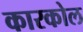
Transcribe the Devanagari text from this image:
कारकोल